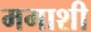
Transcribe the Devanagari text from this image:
मगाशी